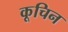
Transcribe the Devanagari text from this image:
कूचिन